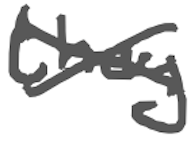
Text: they
Cross-out: cross
Writing tool: digital_gray